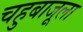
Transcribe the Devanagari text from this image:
चहुबाजूला